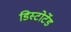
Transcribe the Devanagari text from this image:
डिस्टोर्टेड